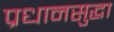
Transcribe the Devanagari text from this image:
प्रधानसुद्धा